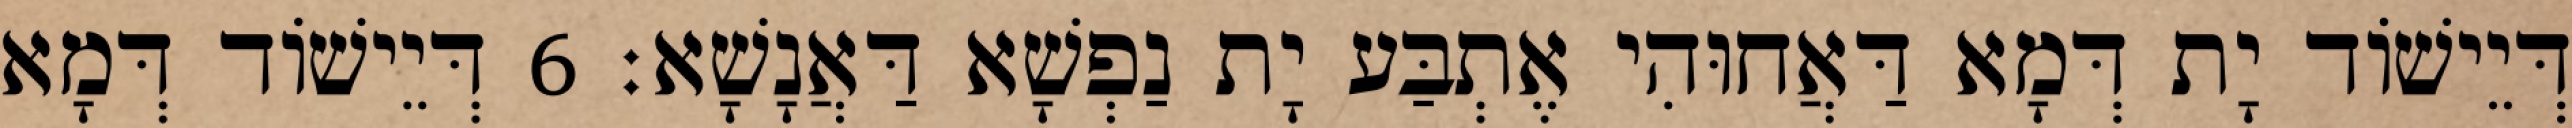
דְּיֵישׁוֹד יָת דְּמָא דַּאֲחוּהִי אֶתְבַּע יָת נַפְשָׁא דַּאֲנָשָׁא׃ 6 דְּיֵישׁוֹד דְּמָא